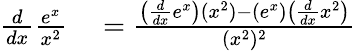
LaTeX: \begin{array}{rl}{{\frac{d}{dx}}{\frac{e^{x}}{x^{2}}}}&{{}={\frac{\left({\frac{d}{dx}}e^{x}\right)(x^{2})-(e^{x})\left({\frac{d}{dx}}x^{2}\right)}{(x^{2})^{2}}}}\end{array}